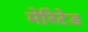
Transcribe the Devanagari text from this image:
मेरिटेड